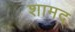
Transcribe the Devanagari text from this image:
शामद